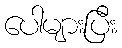
ပေါများပြီး